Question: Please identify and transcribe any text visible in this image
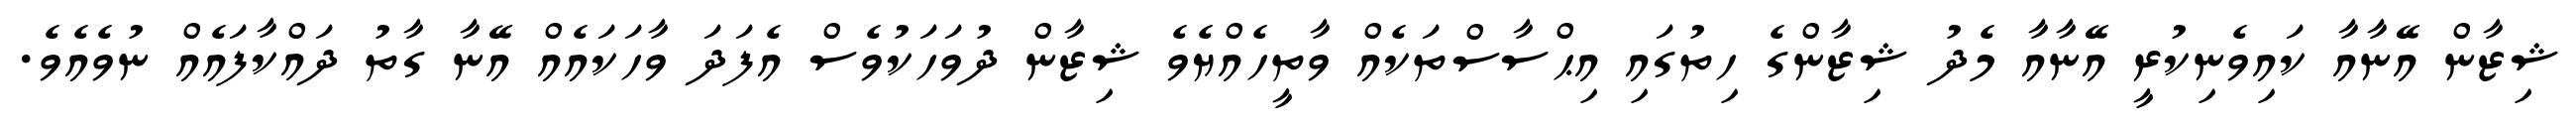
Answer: ޝިޒާން އޭނާއާ ކައިވެނިކުރީ އޭނާއާ މެދު ޝިޒާންގެ ހިތުގައި އިޙްސާސްތަކެއް ވާތީހެއްޔެވެ ޝިޒާން ދުވަހަކުވެސް އެފަދަ ވާހަކައެއް އޭނާ ގާތު ދައްކާފައެއް ނުވެއެވެ.